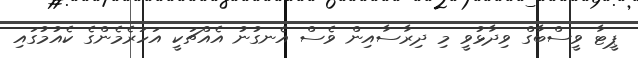
ޕީޓާ ވީސްބާގް ވިދާޅުވީ މި ދިރާސާއިން ވެސް އެނގުނު އެއްޗަކީ އަހަރެމެންގެ ކެއުމުގައި